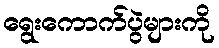
ရွေးကောက်ပွဲများကို